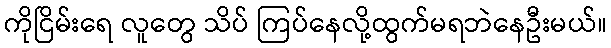
ကိုငြိမ်းရေ လူတွေ သိပ် ကြပ်နေလို့ထွက်မရဘဲနေဦးမယ်။